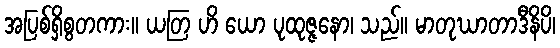
အပြစ်ရှိစွတကား။ ယတြ ဟိ ယော ပုထုဇ္ဇနော၊ သည်။ မာတုဃာတာဒီနိပိ၊